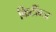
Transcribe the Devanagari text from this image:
किटींग्ज